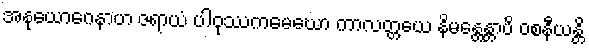
အနုယောဂေနာဟ ဇရာယံ ပါဝုဿကမေဃော ကာလတ္တယေ နိမန္တေန္တာပိ ဝစနီယန္တိ